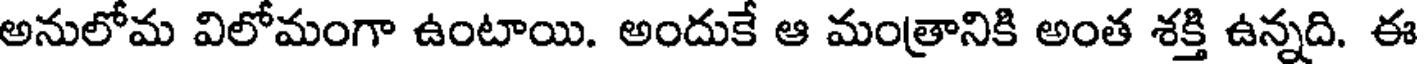
అనులోమ విలోమంగా ఉంటాయి. అందుకే ఆ మంత్రానికి అంత శక్తి ఉన్నది. ఈ